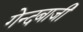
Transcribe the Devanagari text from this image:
गेन्दबाजी